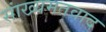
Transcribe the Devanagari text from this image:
सांख्यमतवाद